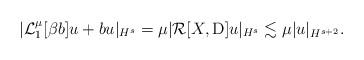
LaTeX: \begin{align*} |\mathcal{L}_1^{\mu}[\beta b] u + b u|_{H^s} = \mu |\mathcal{R}[X,\mathrm{D}]u|_{H^s} \lesssim \mu |u|_{H^{s+2}}. \end{align*}